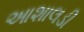
આશાલડી